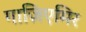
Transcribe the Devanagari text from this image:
गाज़िएमिर